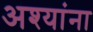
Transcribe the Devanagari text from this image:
अश्यांना